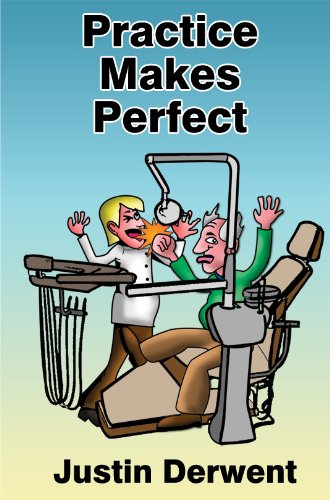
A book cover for Practice Makes Perfect; Justin Derwent; Medical Books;